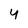
Character: 4